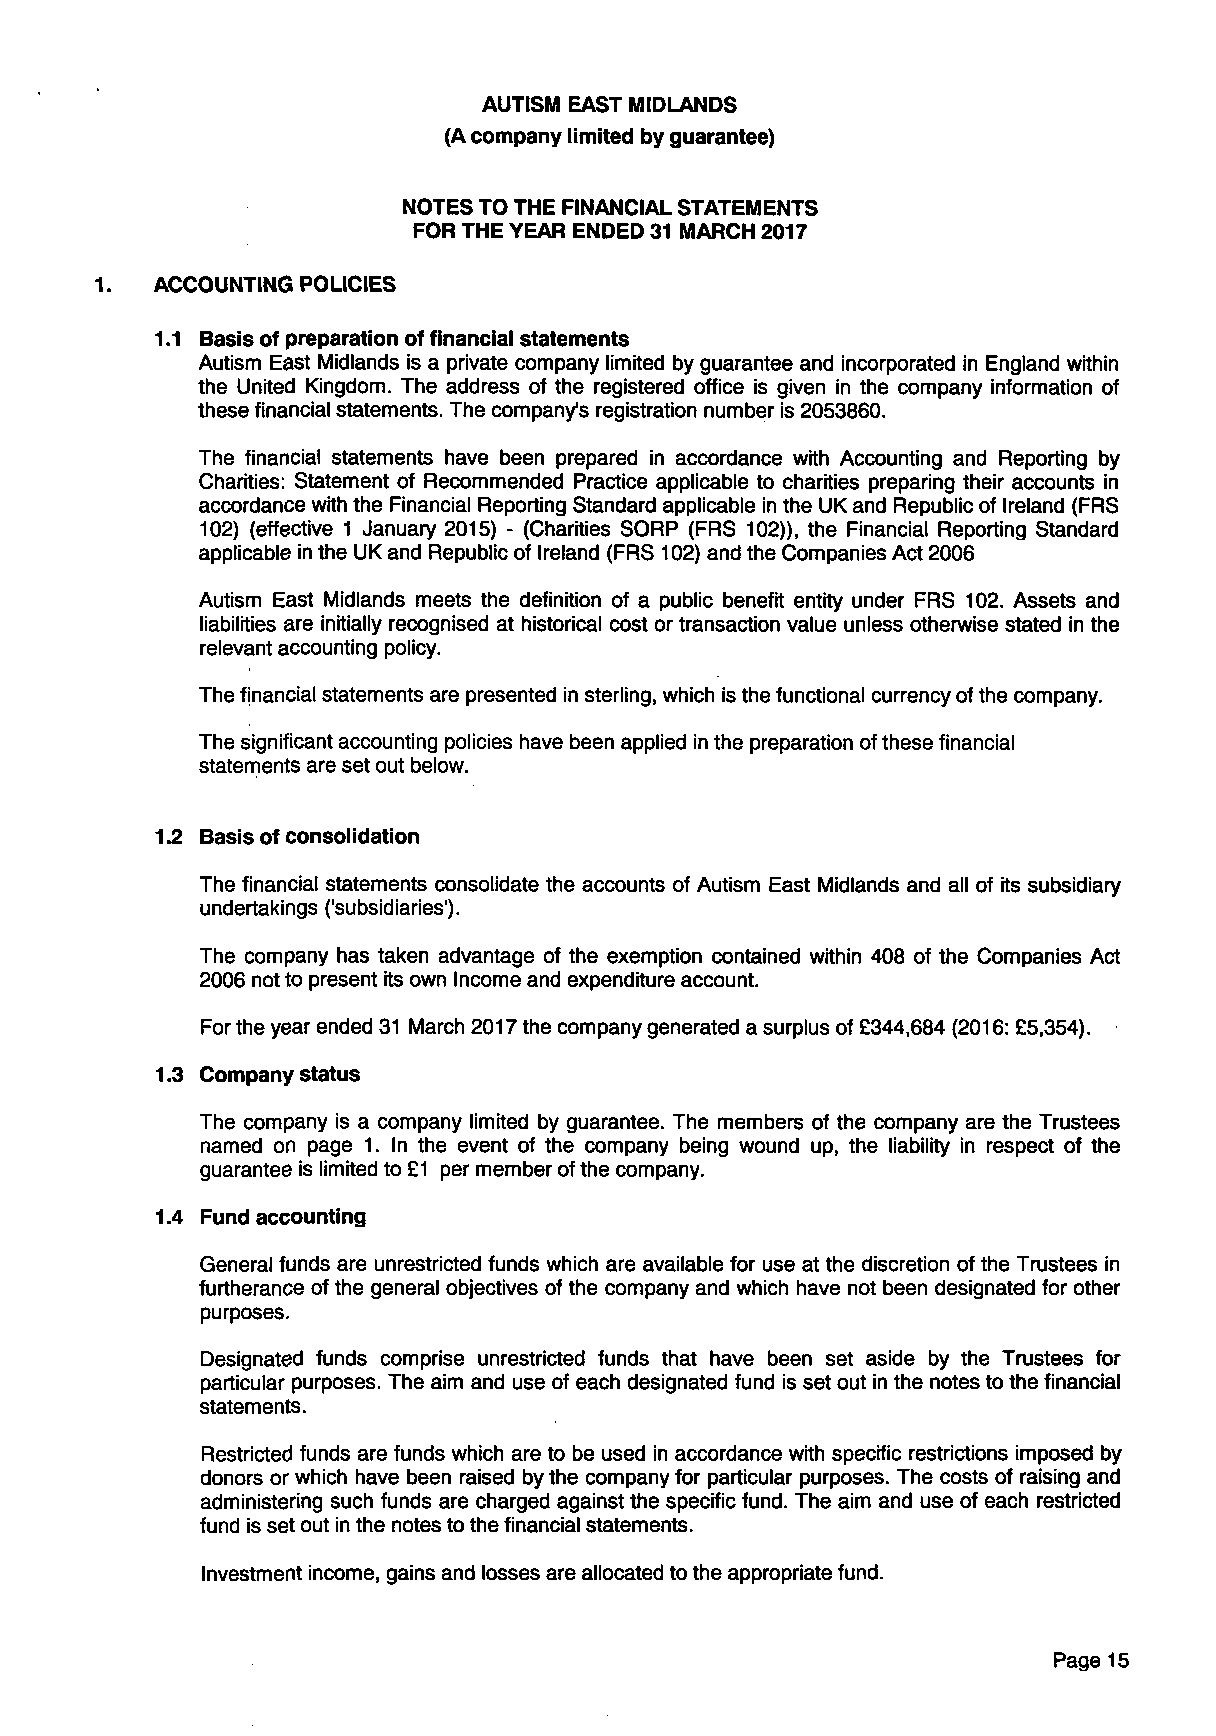
AUTISM EAST MIDLANDS
 (A company limited by guarantee)
 NOTES TO THE FINANCIAL STATEMENTS
 FOR THE YEAR ENDED 31 MARCH 2017
 1.  ACCOUNTING POLICIES
 1.1 Basis of preparation of financial statements
 Autism East Midlands is a private company limited by guarantee and incorporated in England within
 the United Kingdom. The address of the registered office is given in the company information of
 these financial statements. The company's registration number is 2053860.
 The financial statements have been prepared in accordance with Accounting and Reporting by
 Charities: Statement of Recommended Practice applicable to charities preparing their accounts in
 accordance with the Financial Reporting Standard applicable in the UK and Republic of Ireland (FRS
 102) (effective 1 January 2015) - (Charities SORP (FRS 102)), the Financial Reporting Standard
 applicable in the UK and Republic of Ireland (FRS 102) and the Companies Act 2006
 Autism East Midlands meets the definition of a public benefit entity under FRS 102. Assets and
 liabilities are initially recognised at historical cost or transaction value unless otherwise stated in the
 relevant accounting policy.
 The financial statements are presented in sterling, which is the functional currency of the company.
 The significant accounting policies have been applied in the preparation of these financial
 statements are set out below.
 1.2 Basis of consolidation
 The financial statements consolidate the accounts of Autism East Midlands and all of its subsidiary
 undertakings ('subsidiaries').
 The company has taken advantage of the exemption contained within 408 of the Companies Act
 2006 not to present its own Income and expenditure account.
 For the year ended 31 March 2017 the company generated a surplus of £344,684 (2016: £5,354).
 1.3 Company status
 The company is a company limited by guarantee. The members of the company are the Trustees
 named on page 1. In the event of the company being wound up, the liability in respect of the
 guarantee is limited to £1 per member of the company.
 1.4 Fund accounting
 General funds are unrestricted funds which are available for use at the discretion of the Trustees in
 furtherance of the general objectives of the company and which have not been designated for other
 purposes.
 Designated funds comprise unrestricted funds that have been set aside by the Trustees for
 particular purposes. The aim and use of each designated fund is set out in the notes to the financial
 statements.
 Restricted funds are funds which are to be used in accordance with specific restrictions imposed by
 donors or which have been raised by the company for particular purposes. The costs of raising and
 administering such funds are charged against the specific fund. The aim and use of each restricted
 fund is set out in the notes to the financial statements.
 Investment income, gains and losses are allocated to the appropriate fund.
 Page 15